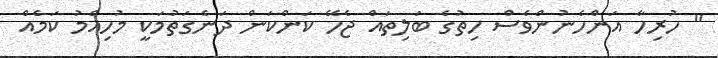
" ހުރިހާ އަންހެނުންވެސް ހިތުގެ ބަލިތައް ޖެހޭ ކަންކަން ދަނެގަތުމަކީ މުހިއްމު ކަމެއް